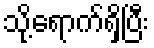
သို့ရောက်ရှိပြီး